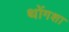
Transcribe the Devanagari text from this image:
थोंगशा